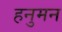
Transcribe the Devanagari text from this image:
हनुमन